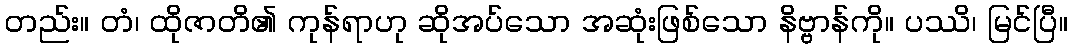
တည်း။ တံ၊ ထိုဇာတိ၏ ကုန်ရာဟု ဆိုအပ်သော အဆုံးဖြစ်သော နိဗ္ဗာန်ကို။ ပဿိ၊ မြင်ပြီ။